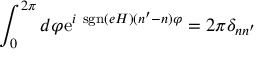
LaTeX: \int _ { 0 } ^ { 2 \pi } d \varphi \mathrm { e } ^ { i ~ \mathrm { s g n } ( e H ) ( n ^ { \prime } - n ) \varphi } = 2 \pi \delta _ { n n ^ { \prime } }